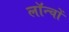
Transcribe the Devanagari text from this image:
लॉन्चों